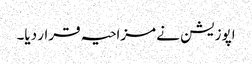
اپوزیشن نے مزاحیہ قرار دیا۔